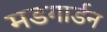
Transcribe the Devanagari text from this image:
मडगार्डन